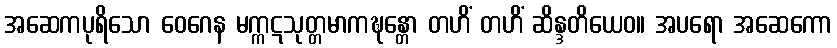
အဆေကပုရိသော ဝေဂေန မက္ကဋသုတ္တမာကဍ္ဎန္တော တဟိံ တဟိံ ဆိန္ဒတိယေဝ။ အပရော အဆေကော